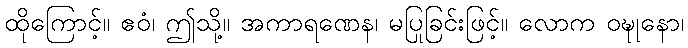
ထိုကြောင့်။ ဧဝံ၊ ဤသို့။ အကာရဏေန၊ မပြုခြင်းဖြင့်။ လောက ဝဍ္ဎုနော၊